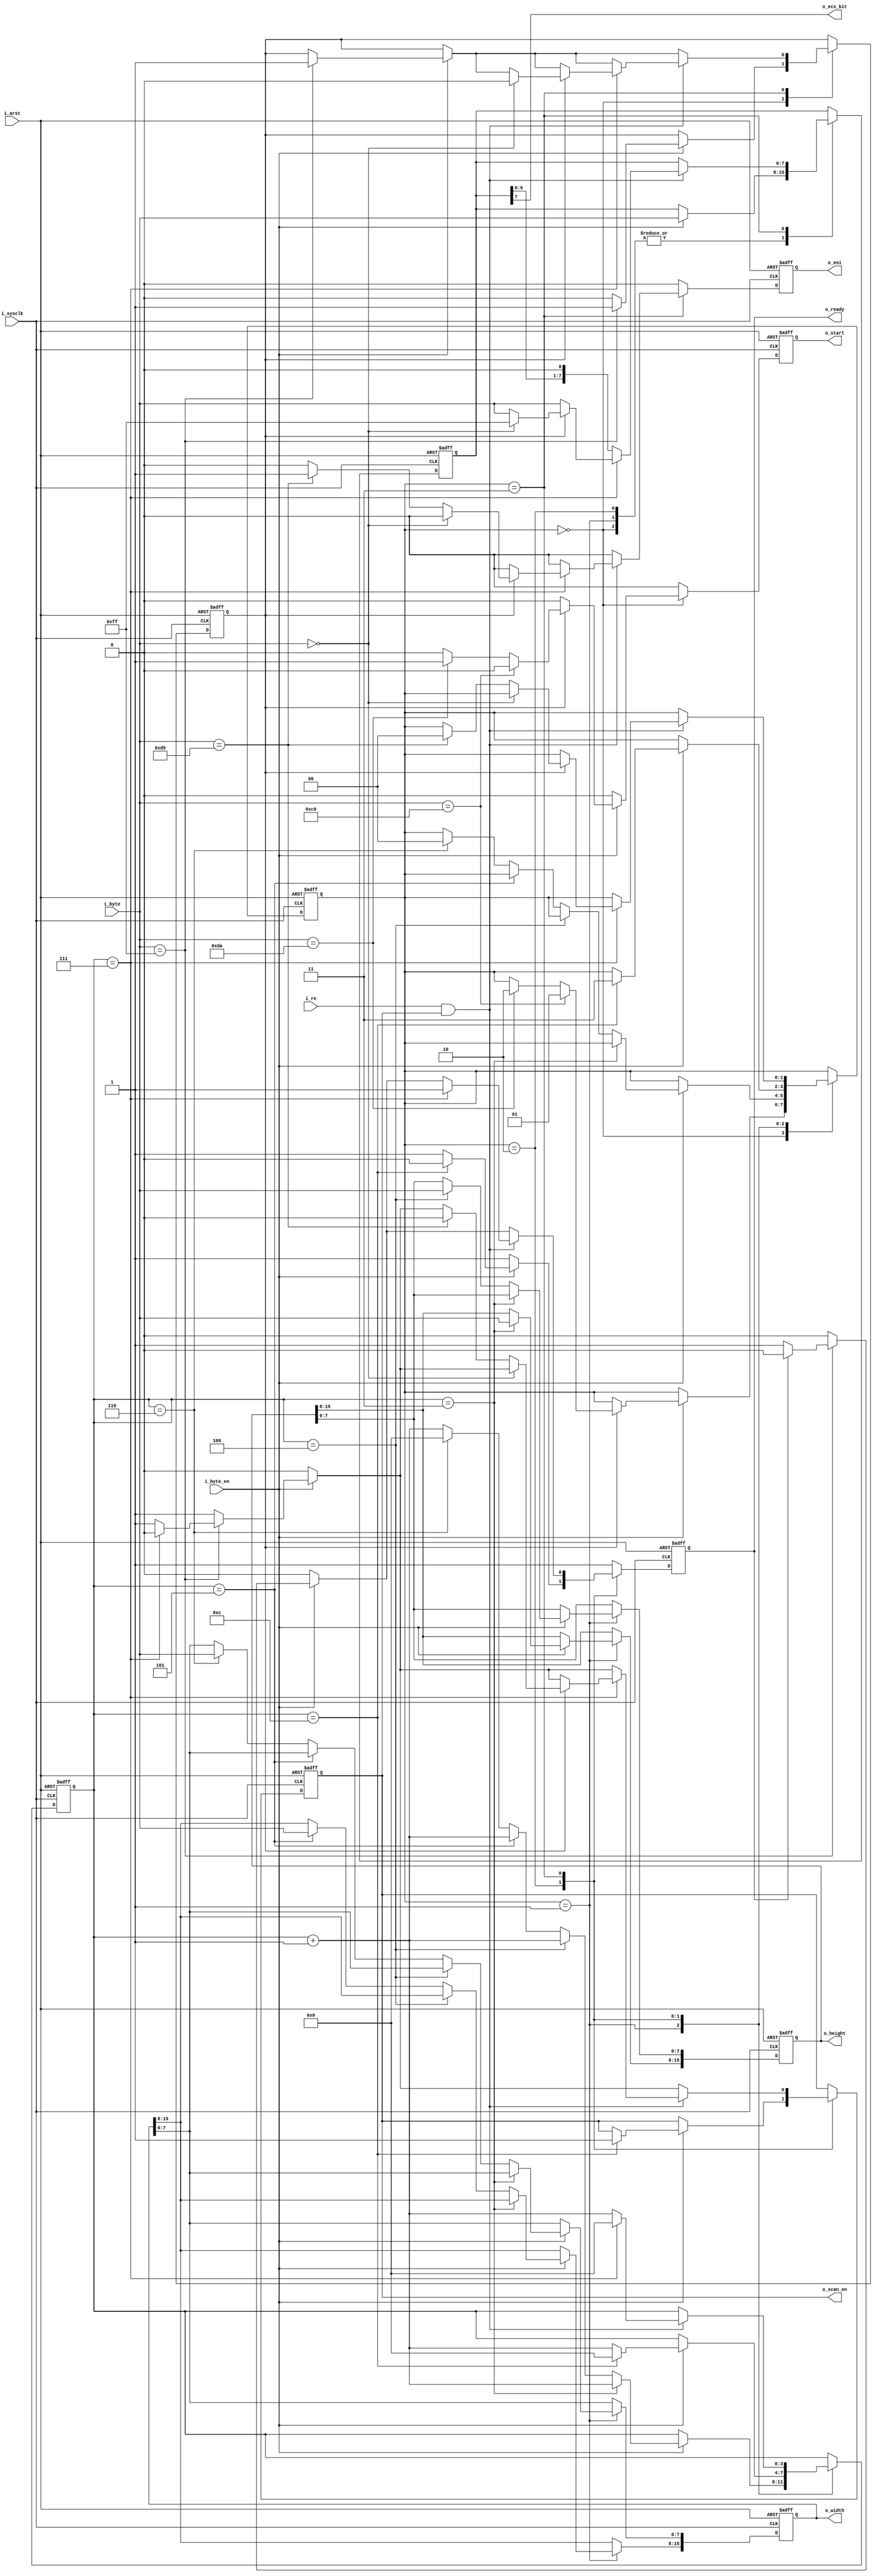
module sos_parser
#(
	parameter	CNT_W	= 4
)
(
	input	i_arst,
	input	i_sysclk,
`ifdef DBG_MODE
	output	[1:0]o_scan_status,
`endif

	input	i_byte_en,
	input	[7:0]i_byte,
	output	o_ready,
	output	o_eoi,
	
	input	i_re,
	output	o_start,
	output	[15:0]o_width,
	output	[15:0]o_height,
	output	o_scan_en,
	output	o_ecs_bit
);

localparam	c_MRK	= 8'hFF;
localparam	c_PAD	= 8'h00;
localparam	c_SOI	= 8'hD8;
localparam	c_SOF0	= 8'hC0;	// Basline DCT
localparam	c_DHT	= 8'hC4;
localparam	c_DQT	= 8'hDB;
localparam	c_DRI	= 8'hDD;
localparam	c_SOS	= 8'hDA;
localparam	c_RST	= 5'b11010;	//XXX
localparam	c_APP	= 4'hE;		//X
localparam	c_COM	= 8'hFE;
localparam	c_EOI	= 8'hD9;

/*==============================
For YUV Sequential DCT Baseline
Ls	12
Ns	3
Csj	
Tdj	Don't care with fixed DHT DC
Taj	Don't care with fixed DHT AC
Ss	0
Se	63
Ah	0
Al	0
==============================*/

localparam	s_idle			= 2'b00;
localparam	s_scan_res		= 2'b01;
localparam	s_scan_header	= 2'b10;
localparam	s_scan_data		= 2'b11;

reg	r_marker_1P;
reg	[7:0]r_sr_1P;
reg	[1:0]r_scan_status_1P;
reg	r_ready_1P;
reg	[CNT_W-1:0]r_cnt_1P;
reg	r_start_1P;
reg	[15:0]r_width_1P;
reg	[15:0]r_height_1P;
reg	r_scan_en_1P;
reg	r_eoi_1P;

always@(posedge i_arst or posedge i_sysclk)
begin
	if (i_arst)
	begin
		r_marker_1P			<= 1'b0;
		r_sr_1P				<= {8{1'b0}};
		r_scan_status_1P	<= s_idle;
		r_ready_1P			<= 1'b1;
		r_cnt_1P			<= {CNT_W{1'b0}};
		r_start_1P			<= 1'b0;
		r_width_1P			<= {16{1'b0}};
		r_height_1P			<= {16{1'b0}};
		r_scan_en_1P		<= 1'b0;
		r_eoi_1P			<= 1'b0;
	end
	else
	begin
		r_ready_1P			<= 1'b1;
		r_start_1P			<= 1'b0;
		r_eoi_1P			<= 1'b0;
//		if (i_byte == 8'hFF)
//		if (i_byte_en && i_byte == c_MRK)
//			r_marker_1P	<= 1'b1;
//		else
//			r_marker_1P	<= 1'b0;
//		
//		if (i_byte_en)
//			r_sr_1P		<= i_byte;
		
		case (r_scan_status_1P)
			s_idle:
			begin
				if (i_byte_en)
				begin
					if (i_byte == c_MRK)
						r_marker_1P	<= 1'b1;
					else
						r_marker_1P	<= 1'b0;
					
					r_sr_1P		<= i_byte;
				
					if (r_marker_1P)
					begin
						if (i_byte == c_SOF0)
						begin
							r_scan_status_1P	<= s_scan_res;
						end
						else if (i_byte == c_SOS)
						begin
							r_scan_status_1P	<= s_scan_header;
							r_start_1P			<= 1'b1;
						end
					end
				end
			end
			
			s_scan_res:
			begin
				if (i_byte_en)
				begin
					r_sr_1P		<= i_byte;
					r_cnt_1P	<= r_cnt_1P+1'b1;
					if (r_cnt_1P == 4'd3)
						r_height_1P[15:8]	<= i_byte;
					else if (r_cnt_1P == 4'd4)
						r_height_1P[7:0]	<= i_byte;
					else if (r_cnt_1P == 4'd5)
						r_width_1P[15:8]	<= i_byte;
					else if (r_cnt_1P == 4'd6)
					begin
						r_width_1P[7:0]		<= i_byte;
						
						r_scan_status_1P	<= s_idle;
						r_cnt_1P			<= {CNT_W{1'b0}};
					end
				end
			end
			
			s_scan_header:
			begin
				if (i_byte_en)
				begin
					r_sr_1P		<= i_byte;
					r_cnt_1P	<= r_cnt_1P+1'b1;
					if (r_cnt_1P == 4'd12)
					begin
						r_scan_status_1P	<= s_scan_data;
						r_ready_1P			<= 1'b0;
						r_cnt_1P			<= {CNT_W{1'b0}};
						r_scan_en_1P		<= 1'b1;
					end
				end
			end
			
			s_scan_data:
			begin
				r_ready_1P			<= 1'b0;
				r_scan_en_1P		<= i_byte_en;
				if (i_byte_en)
				begin
					if (i_byte == c_MRK)
					begin
						r_marker_1P	<= 1'b1;
						if (~r_ready_1P)
						r_ready_1P	<= 1'b1;
						if (r_cnt_1P == 4'd7)
							r_scan_en_1P		<= 1'b0;
					end
				end
				if (i_re & r_scan_en_1P)
				begin
					r_cnt_1P	<= r_cnt_1P+1'b1;
					r_sr_1P		<= {r_sr_1P[6:0], 1'b0};
					if (r_cnt_1P == 4'd7)
					begin
						r_ready_1P	<= 1'b1;
						r_cnt_1P	<= {CNT_W{1'b0}};
						r_sr_1P		<= i_byte;
						if (r_marker_1P)
						begin
							if (i_byte == c_PAD)
							begin
								r_marker_1P	<= 1'b0;
								r_sr_1P		<= 8'hFF;
							end
							else if (i_byte == c_EOI)
							begin
								r_scan_status_1P	<= s_idle;
								r_scan_en_1P		<= 1'b0;
								r_ready_1P			<= 1'b1;
								r_eoi_1P			<= 1'b1;
							end
						end
					end
				end
				else
				begin
					r_sr_1P	<= r_sr_1P;
				end
			end
			
			default:
			begin
				r_marker_1P			<= 1'b0;
				r_sr_1P				<= {8{1'b0}};
				r_scan_status_1P	<= s_idle;
				r_ready_1P			<= 1'b1;
				r_cnt_1P			<= {CNT_W{1'b0}};
				r_start_1P			<= 1'b0;
				r_scan_en_1P		<= 1'b0;
				r_eoi_1P			<= 1'b0;
			end
		endcase
	end
end

assign	o_ready		= r_ready_1P;
assign	o_eoi		= r_eoi_1P;
assign	o_start		= r_start_1P;
assign	o_width		= r_width_1P;
assign	o_height	= r_height_1P;
assign	o_scan_en	= r_scan_en_1P;
assign	o_ecs_bit	= r_sr_1P[7];
`ifdef DBG_MODE
assign	o_scan_status	= r_scan_status_1P;
`endif

endmodule